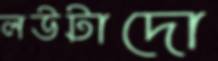
লউটাদো